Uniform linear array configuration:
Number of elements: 4
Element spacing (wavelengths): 0.75
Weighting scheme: binomial
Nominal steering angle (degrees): -45
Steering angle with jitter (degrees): -46.321
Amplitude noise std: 0.05
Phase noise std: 0.05

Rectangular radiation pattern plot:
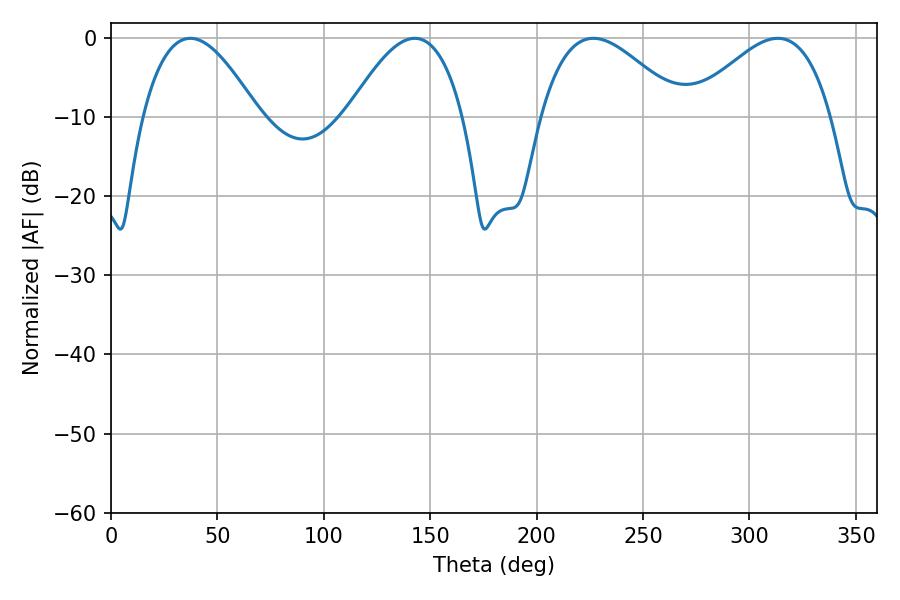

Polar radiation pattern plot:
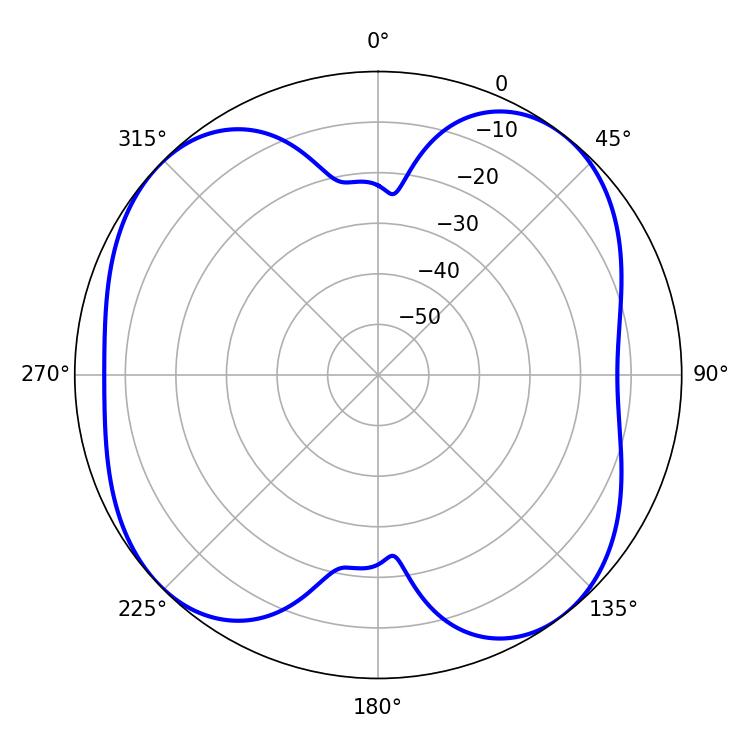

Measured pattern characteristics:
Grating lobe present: TRUE
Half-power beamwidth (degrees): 29.52
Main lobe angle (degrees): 37.26